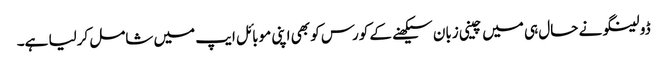
ڈولینگو نے حال ہی میں چینی زبان سیکھنے کے کورس کو بھی اپنی موبائل ایپ میں شامل کرلیا ہے۔